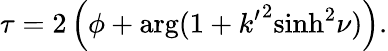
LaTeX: \tau=2\left(\phi+\arg(1+{k^{\prime}}^{2}{\sinh}^{2}\nu)\right).